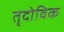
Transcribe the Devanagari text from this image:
तृदोविक